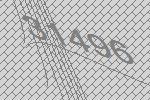
31496